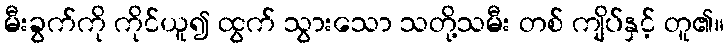
မီးခွက်ကို ကိုင်ယူ၍ ထွက် သွားသော သတို့သမီး တစ် ကျိပ်နှင့် တူ၏။